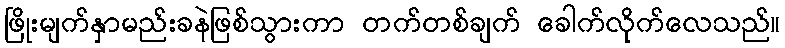
ဖြိုးမျက်နှာမည်းခနဲဖြစ်သွားကာ တက်တစ်ချက် ခေါက်လိုက်လေသည်။